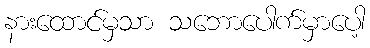
နားထောင်မှသာ သဘောပေါက်မှာပေါ့